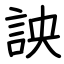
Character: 詇